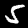
Label: 5